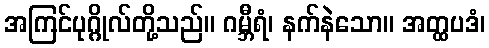
အကြင်ပုဂ္ဂိုလ်တို့သည်။ ဂမ္ဘီရံ၊ နက်နဲသော။ အတ္ထပဒံ၊